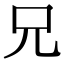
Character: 兄